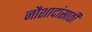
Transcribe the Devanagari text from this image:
नौशादांसाठी